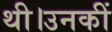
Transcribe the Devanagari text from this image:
थी।उनकीं